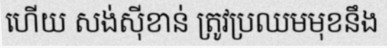
ហើយ សង់ស៊ីខាន់ ត្រូវប្រឈមមុខនឹង